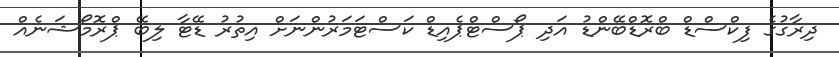
ދިރާގުގެ ފިކްސްޑް ބްރޮޑްބޭންޑު އަދި ޕޯސްޓްޕެއިޑް ކަސްޓަމަރުންނަށް އިތުރު ޑޭޓާ ލިބޭ ޕްރޮމޯޝަނެއް